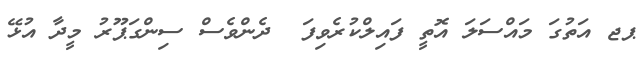
ޕޖ އަތުގަ މައްސަލަ އޮތީ ފައިލްކުރެވިފަ  ދެންވެސް ސިންގަޕޫރު މީދާ އުޅޭ